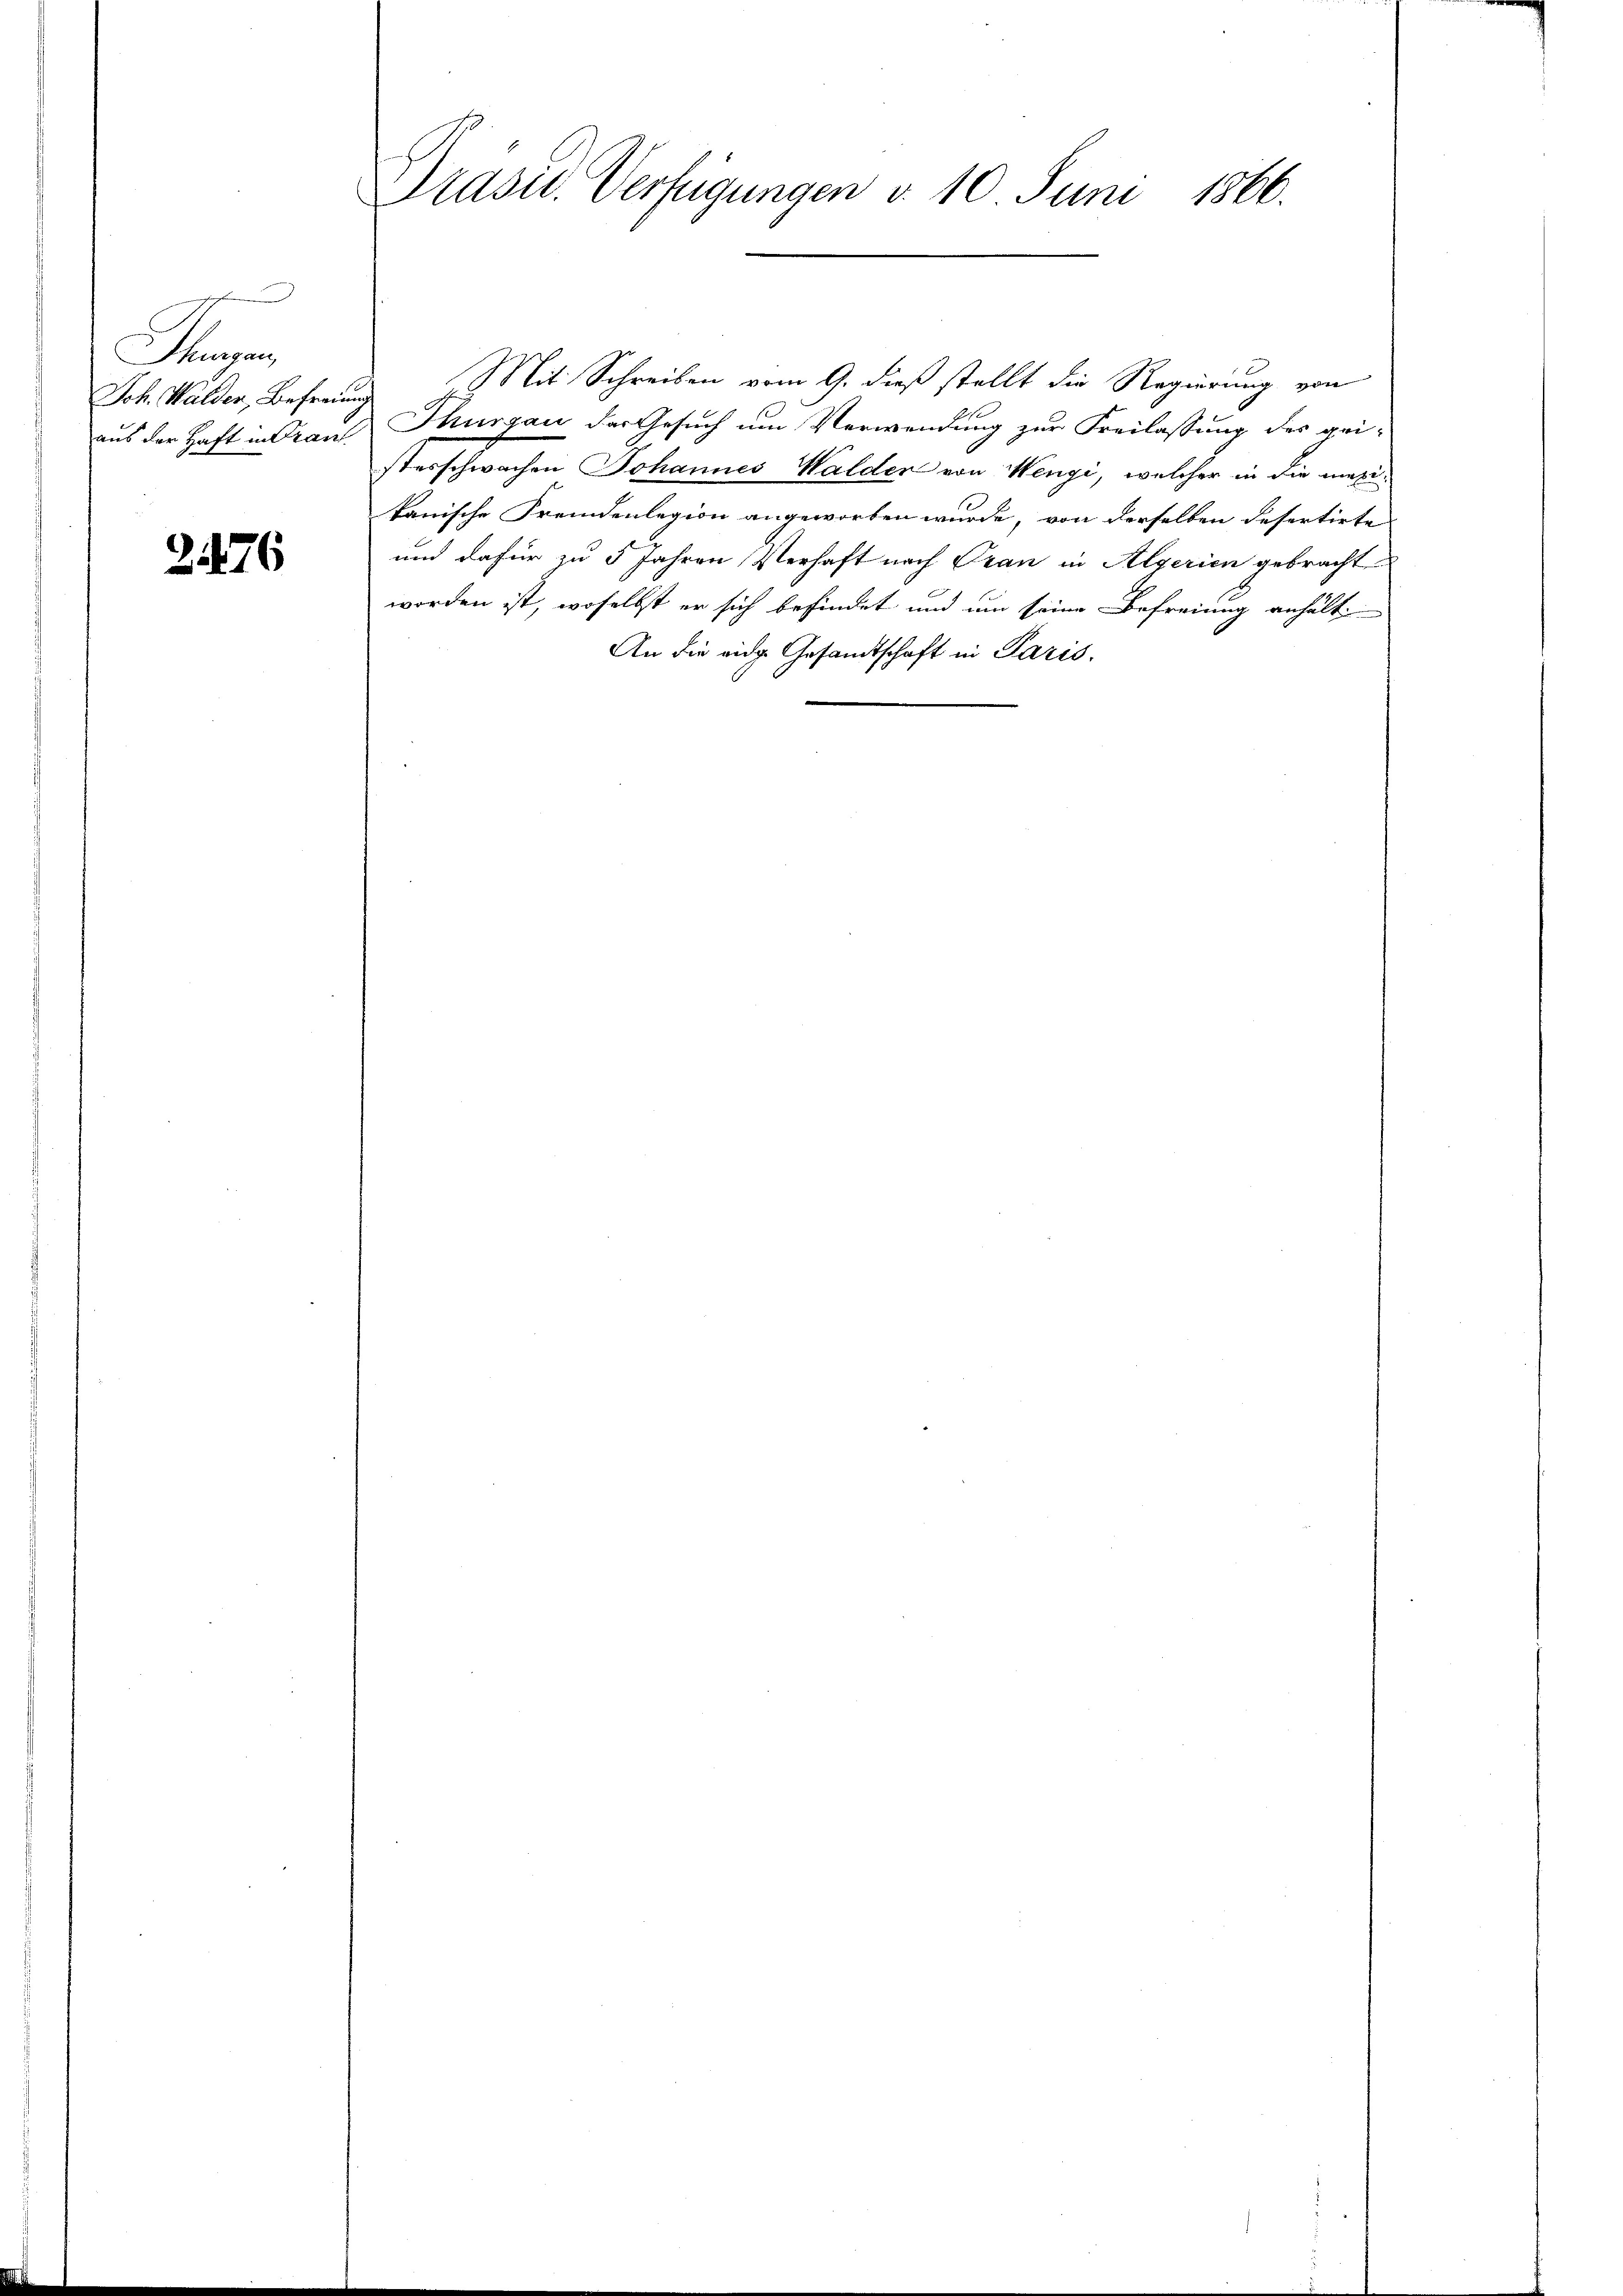
u
Thurgau,
Joh. Walder, Befreie
aus der Haft in Trans

3.476

Präsid. Verfügungen d. 10 Juni 1860.

Mit Schreiben vom 9. dieß stellt die Regierung von
i
Thurgau der Gesuch um Verwendung zur Freilassung des pri-
sterschwachen Johannes Walder von Wengi, welcher in die magikanische Fremdenlegion angeworben wurde, von derselben desertirte
und dafür zu 5 Jahren Verhaft nach Oran in Algerien gebracht
worden ist, woselbst er sich befindet und um seine Befreiung anhält¬
An die eidg. Gesandtschaft in Paris.